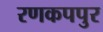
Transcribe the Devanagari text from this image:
रणकपपुर